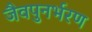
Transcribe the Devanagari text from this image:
जैवपुनर्भरण